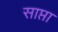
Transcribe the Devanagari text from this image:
साप्ता